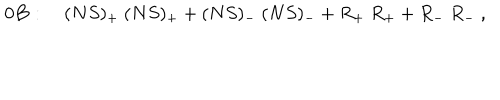
{ \bf 0 B } : \quad ( N S ) _ { + } \ ( N S ) _ { + } + ( N S ) _ { - } \ ( N S ) _ { - } + R _ { + } \ R _ { + } + R _ { - } \ R _ { - } \ ,